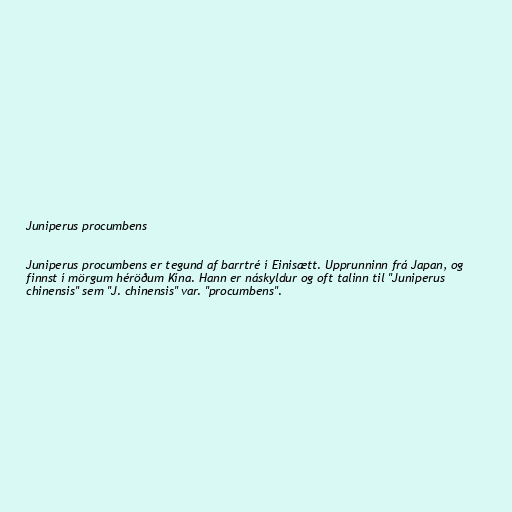
Juniperus procumbens

Juniperus procumbens er tegund af barrtré í Einisætt. Upprunninn frá Japan, og
finnst í mörgum héröðum Kína. Hann er náskyldur og oft talinn til "Juniperus
chinensis" sem "J. chinensis" var. "procumbens".